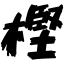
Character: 樫